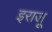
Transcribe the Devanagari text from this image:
इराजू